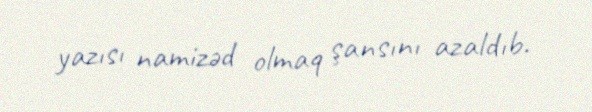
yazısı namizəd olmaq şansını azaldıb.